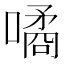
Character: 噊